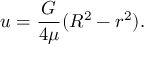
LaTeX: u = { \frac { G } { 4 \mu } } ( R ^ { 2 } - r ^ { 2 } ) .